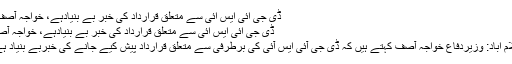
ڈی جی آئی ایس آئی سے متعلق قرارداد کی خبر بے بنیادہے، خواجہ آصف -
ڈی جی آئی ایس آئی سے متعلق قرارداد کی خبر بے بنیادہے، خواجہ آصف
اسلام آباد: وزیردفاع خواجہ آصف کہتے ہیں کہ ڈی جی آئی ایس آئی کی برطرفی سے متعلق قرارداد پیش کیے جانے کی خبربے بنیاد ہے ۔